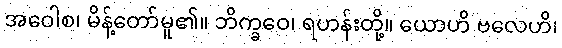
အဝေါစ၊ မိန့်တော်မူ၏။ ဘိက္ခဝေ၊ ရဟန်းတို့။ ယောဟိ ဗလေဟိ၊